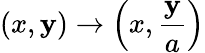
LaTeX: (x,\mathbf{y})\to\left(x,{\frac{{\mathbf{y}}}{{a}}}\right)